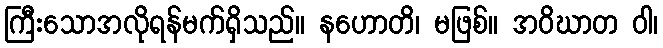
ကြီးသောအလိုရန်မက်ရှိသည်။ နဟောတိ၊ မဖြစ်။ အဝိဃာတ ဝါ၊